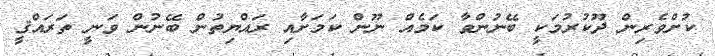
ކުށްވެރިން ދޫކުރުމަކީ ބޭނުންވާ ކަމެއް ނޫން ކަމަށާއި ރައްޔިތުން ބޭނުން ވަނީ ތަރައްޤީ